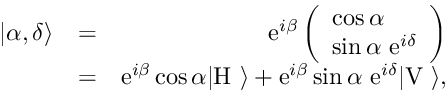
\begin{array} { r l r } { | \alpha , \delta \rangle } & { = } & { \mathrm { e } ^ { i \beta } \left( \begin{array} { c } { \cos \alpha \ \ \ \ } \\ { \sin \alpha \ \mathrm { e } ^ { i \delta } } \end{array} \right) } \\ & { = } & { \mathrm { e } ^ { i \beta } \cos \alpha | \mathrm { H } \ \rangle + \mathrm { e } ^ { i \beta } \sin \alpha \ \mathrm { e } ^ { i \delta } | \mathrm { V } \ \rangle , } \end{array}